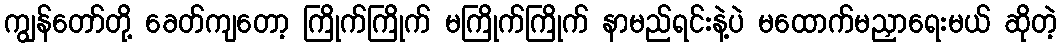
ကျွန်တော်တို့ ခေတ်ကျတော့ ကြိုက်ကြိုက် မကြိုက်ကြိုက် နာမည်ရင်းနဲ့ပဲ မထောက်မညှာရေးမယ် ဆိုတဲ့